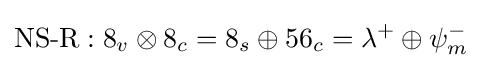
{\text{NS-R}}:8_{v}\otimes 8_{c}=8_{s}\oplus 56_{c}=\lambda ^{+}\oplus \psi _{m}^{-}